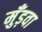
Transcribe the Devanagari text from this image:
मुँड़वा